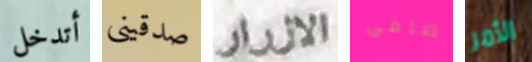
أتدخل صدقينى الازرار صافي الأمر